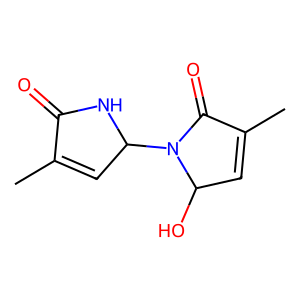
SMILES: CC1=CC(N2C(=O)C(C)=CC2O)NC1=O
Inhibits HIV replication: No